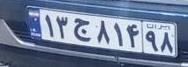
۱۳ج۸۱۴۹۸